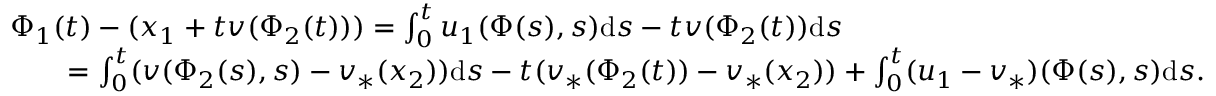
\begin{array} { r l } & { { \Phi } _ { 1 } ( t ) - ( x _ { 1 } + t v ( \Phi _ { 2 } ( t ) ) ) = \int _ { 0 } ^ { t } u _ { 1 } ( \Phi ( s ) , s ) \mathrm { d } s - t v ( \Phi _ { 2 } ( t ) ) \mathrm { d } s } \\ & { \qquad = \int _ { 0 } ^ { t } ( v ( \Phi _ { 2 } ( s ) , s ) - v _ { * } ( x _ { 2 } ) ) \mathrm { d } s - t ( v _ { * } ( \Phi _ { 2 } ( t ) ) - v _ { * } ( x _ { 2 } ) ) + \int _ { 0 } ^ { t } ( u _ { 1 } - v _ { * } ) ( \Phi ( s ) , s ) \mathrm { d } s . } \end{array}